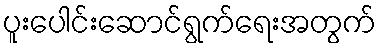
ပူးပေါင်းဆောင်ရွက်ရေးအတွက်